Civil Veterinary Dept. North-West Frontier Province 1901-22 - 1901-1922
Year: 1901
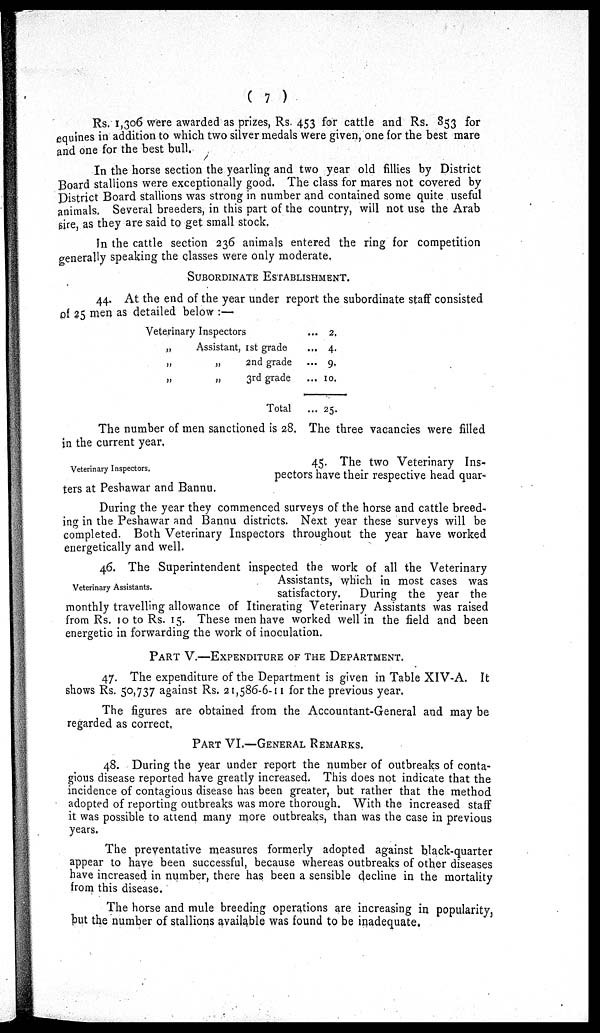
(7)
Rs. 1,306 were awarded as prizes, Rs. 453 for cattle and Rs. 853 for
equines in addition to which two silver medals were given, one for the best mare
and one for the best bull.
In the horse section the yearling and two year old fillies by District
Board stallions were exceptionally good. The class for mares not covered by
District Board stallions was strong in number and contained some quite useful
animals. Several breeders, in this part of the country, will not use the Arab
sire, as they are said to get small stock.
In the cattle section 236 animals entered the ring for competition
generally speaking the classes were only moderate.
SUBORDINATE ESTABLISHMENT.
44. At the end of the year under report the subordinate staff consisted
of 25 men as detailed below:—
Veterinary Inspectors
„
Assistant, 1st grade
„
„
2nd grade
„
„
3rd grade
Total
...
2.
... 4.
... 9.
... 10.
... 25.
The number of men sanctioned is 28. The three vacancies were filled
in the current year.
Veterinary Inspectors,
45. The two Veterinary Ins-
pectors have their respective head quar-
ters at Peshawar and Bannu.
During the year they commenced surveys of the horse and cattle breed-
ing in the Peshawar and Bannu districts. Next year these surveys will be
completed. Both Veterinary Inspectors throughout the year have worked
energetically and well.
Veterinary Assistants.
46. The Superintendent inspected the work of all the Veterinary
Assistants, which in most cases was
satisfactory.
During the year the
monthly travelling allowance of Itinerating Veterinary Assistants was raised
from Rs. 10 to Rs. 15. These men have worked well in the field and been
energetic in forwarding the work of inoculation.
PART V.-EXPENDITURE OF THE DEPARTMENT.
47. The expenditure of the Department is given in Table XIV-A. It
shows Rs. 50,737 against Rs. 21,586-6-11 for the previous year.
The figures are obtained from the Accountant-General and may be
regarded as correct.
PART VI.-GENERAL REMARKS.
48. During the year under report the number of outbreaks of conta-
gious disease reported have greatly increased. This does not indicate that the
incidence of contagious disease has been greater, but rather that the method
adopted of reporting outbreaks was more thorough. With the increased staff
it was possible to attend many more outbreaks, than was the case in previous
years.
The preventative measures formerly adopted against black-quarter
appear to have been successful, because whereas outbreaks of other diseases
have increased in number, there has been a sensible decline in the mortality
from this disease.
The horse and mule breeding operations are increasing in popularity,
but the number of stallions available was found to be inadequate.